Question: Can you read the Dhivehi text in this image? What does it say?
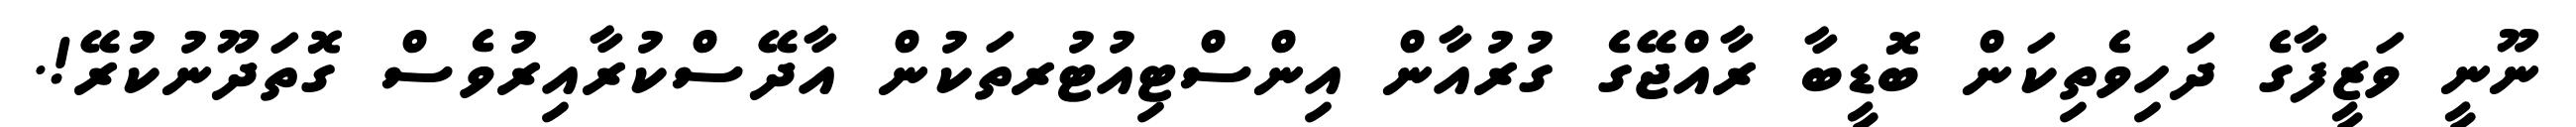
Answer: ނޫނީ ވަޒީފާގެ ދަހިވެތިކަން ބޮޑީބާ ރާއްޖޭގެ ގުރުއާން އިންސްޓިއުޓުރތަކުން އާދޭސްކުރާއިރުވެސް ގޮތަދޫނުކުރޭ!.